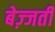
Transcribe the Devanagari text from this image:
बेज़्जती